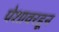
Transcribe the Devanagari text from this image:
पेशावरहून